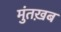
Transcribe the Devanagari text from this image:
मुंतख़ब